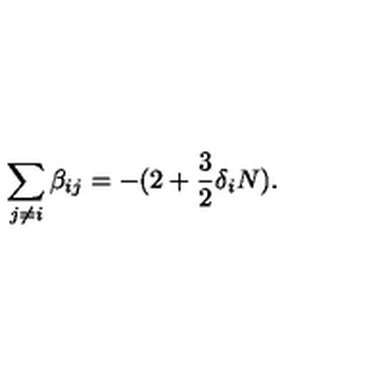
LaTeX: \sum _ { j \neq i } \beta _ { i j } = - ( 2 + \frac { 3 } { 2 } \delta _ { i } N ) .